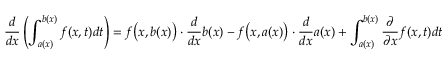
{ \frac { d } { d x } } \left( \int _ { a ( x ) } ^ { b ( x ) } f ( x , t ) d t \right) = f { \big ( } x , b ( x ) { \big ) } \cdot { \frac { d } { d x } } b ( x ) - f { \big ( } x , a ( x ) { \big ) } \cdot { \frac { d } { d x } } a ( x ) + \int _ { a ( x ) } ^ { b ( x ) } { \frac { \partial } { \partial x } } f ( x , t ) d t